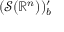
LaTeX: ( { \mathcal { S } } ( \mathbb { R } ^ { n } ) ) _ { b } ^ { \prime }